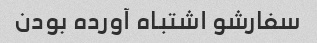
سفارشو اشتباه آورده بودن